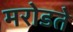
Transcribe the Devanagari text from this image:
मरोडते